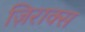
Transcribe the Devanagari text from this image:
ज़िराक्स